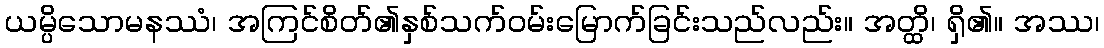
ယမ္ပိသောမနဿံ၊ အကြင်စိတ်၏နှစ်သက်ဝမ်းမြောက်ခြင်းသည်လည်း။ အတ္ထိ၊ ရှိ၏။ အဿ၊